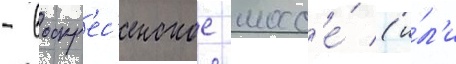
- воскр'ес'енское шосс'е́ (и́л'и